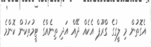
އެގޮތުން މި ލީގުގެ ގްރޫޕް އެކެއް ދޭއް އަދި ތިނެއްގެ ޓީމުތަކުން ކޮންމެ